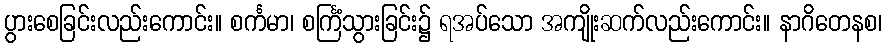
ပွားစေခြင်းလည်းကောင်း။ စင်္ကမာ၊ စင်္ကြံသွားခြင်း၌ ရအပ်သော အကျိုးဆက်လည်းကောင်း။ နာဂိတေနစ၊